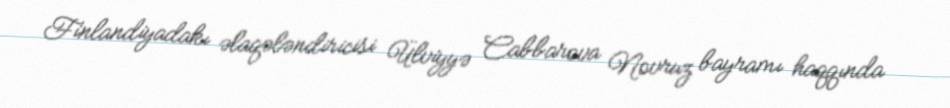
Finlandiyadakı əlaqələndiricisi Ülviyyə Cabbarova Novruz bayramı haqqında